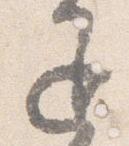
退